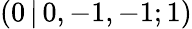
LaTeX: (0\, |\, 0,-1,-1;1)